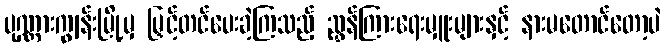
ပုဏ္ဏားကျွန်းမြို့မှ မြှင့်တင်ပေးခဲ့ကြသည့် ညွှန်ကြားရေးမှူးများနှင့် နားမတောင်တော့ပဲ